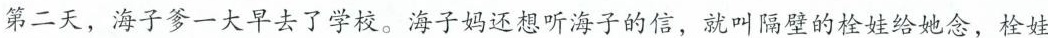
第二天，海子爹一大早去了学校。海子妈还想听海子的信，就叫隔壁的栓娃给她念，栓娃